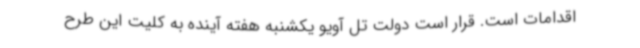
اقدامات است. قرار است دولت تل آویو یکشنبه هفته آینده به کلیت این طرح